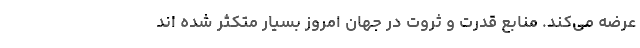
عرضه می­کند. منابعِ قدرت و ثروت در جهانِ امروز بسیار متکثر شده ­اند